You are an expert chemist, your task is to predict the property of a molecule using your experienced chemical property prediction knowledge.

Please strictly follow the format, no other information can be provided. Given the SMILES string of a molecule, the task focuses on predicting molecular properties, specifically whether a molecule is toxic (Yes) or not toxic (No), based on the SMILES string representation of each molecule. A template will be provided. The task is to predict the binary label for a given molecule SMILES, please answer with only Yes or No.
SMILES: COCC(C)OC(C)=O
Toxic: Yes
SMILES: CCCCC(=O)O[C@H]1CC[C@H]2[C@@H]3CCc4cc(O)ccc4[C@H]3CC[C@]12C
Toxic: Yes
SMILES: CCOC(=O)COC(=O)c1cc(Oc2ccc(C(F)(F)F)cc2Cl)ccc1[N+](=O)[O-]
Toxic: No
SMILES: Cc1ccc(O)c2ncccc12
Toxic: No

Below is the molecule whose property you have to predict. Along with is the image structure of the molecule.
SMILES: Nc1nc(-c2ccc([N+](=O)[O-])cc2)cs1
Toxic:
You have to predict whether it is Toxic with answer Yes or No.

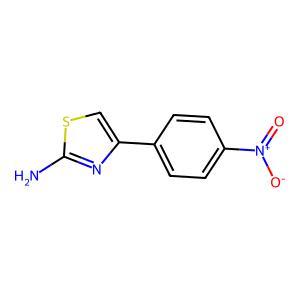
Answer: No